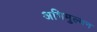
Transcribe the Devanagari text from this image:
अभिमुल्यन